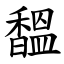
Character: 馧